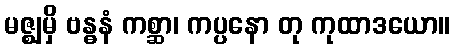
မဇ္ဈမှိ ဗန္ဓနံ ကစ္ဆာ၊ ကပ္ပနော တု ကုထာဒယော။